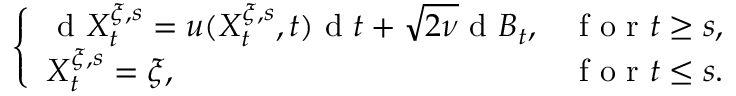
\left\{ \begin{array} { l l } { \textrm { d } X _ { t } ^ { \xi , s } = u ( X _ { t } ^ { \xi , s } , t ) \textrm { d } t + \sqrt { 2 \nu } \textrm { d } B _ { t } , } & { \textrm { f o r } t \geq s , } \\ { X _ { t } ^ { \xi , s } = \xi , } & { \textrm { f o r } t \leq s . } \end{array} \right.